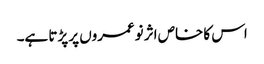
اس کا خاص اثر نوعمروں پر پڑتا ہے۔